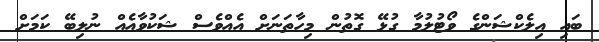
ބައި އިލެކްޝަންގެ ވޯޓުލުމާ ގުޅޭ ގޮތުން މިހާތަނަށް އެއްވެސް ޝަކުވާއެއް ނުލިބޭ ކަމަށް